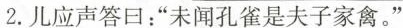
2.儿应声答曰：“未闻孔雀是夫子家禽。”